Insane asylums in Bengal annual reports 1876-1887 - 1876-1887
Year: 1876
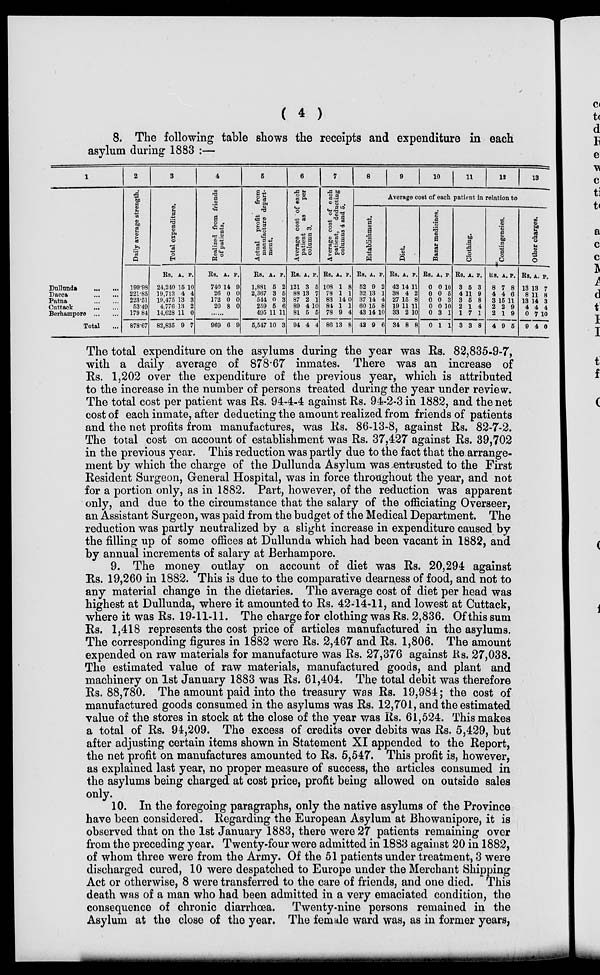
( 4 )
8. The following table shows the receipts and expenditure in each
asylum during 1883 :—
1
Dullunda
...
...
Dacca
...
...
Patna
...
...
Cuttack ... ...
Berhampore
...
...
Total ...
2
Daily average strength.
199.98
221.85
223.51
53.49
179.84
878.67
3
Total expenditure.
Rs.
24,240
19,713
19,475
4,776
14,628
82,835
A.
15
4
13
13
11
9
P.
10
4
3
2
0
7
4
Realized from friends
of
patients.
Rs.
740
26
172
20
A.
14
0
0
8
P.
9
0
0
0
......
969 6 9
5
Actual profit
from
manufacture depart-
ment.
Rs.
1,881
2,367
544
259
495
5,547
A.
5
3
0
5
11
10
P.
2
5
3
6
11
3
6
Average cost of each
patient
as
per
column 3.
Rs.
121
88
87
89
81
94
A.
3
13
2
4
5
4
P.
5
7
1
10
5
4
7
Average cost of each
patient,
deducting
columns 4 and 5.
Rs.
108
78
83
84
78
86
A.
1
1
14
1
9
13
P.
8
1
0
1
4
8
8
9
10
11
12
13
Average cost of each patient in relation to
Establishment.
Rs.
52
32
37
60
43
42
A.
9
13
14
15
14
9
P.
2
1
4
8
10
6
Diet.
Rs.
42
38
27
19
33
34
A.
14
4
15
11
2
8
P.
11
2
8
11
10
8
Bazar medicines.
Rs.
0
0
0
0
0
0
A.
0
0
0
0
3
1
P.
10
5
3
10
1
1
Clothing.
Rs.
3
4
3
2
1
3
A.
5
11
5
1
7
3
P.
3
9
8
4
1
8
Contingencies.
Rs.
8
4
3
2
2
4
A.
7
4
15
2
1
9
P.
8
6
11
9
9
5
Other charges.
Rs.
13
8
13
4
0
9
A.
13
11
14
4
7
4
P.
7
8
3
4
10
0
The total expenditure on the asylums during the year was Rs. 82,835-9-7,
with a daily average of 878.67 inmates. There was an increase of
Rs. 1,202 over the expenditure of the previous year, which is attributed
to the increase in the number of persons treated during the year under review.
The total cost per patient was Rs. 94-4-4 against Rs. 94-2-3 in 1882, and the net
cost of each inmate, after deducting the amount realized from friends of patients
and the net profits from manufactures, was Rs. 86-13-8, against Rs. 82-7-2.
The total cost on account of establishment was Rs. 37,427 against Rs. 39,702
in the previous year. This reduction was partly due to the fact that the arrange-
ment by which the charge of the Dullunda Asylum was entrusted to the First
Resident Surgeon, General Hospital, was in force throughout the year, and not
for a portion only, as in 1882. Part, however, of the reduction was apparent
only, and due to the circumstance that the salary of the officiating Overseer,
an Assistant Surgeon, was paid from the budget of the Medical Department. The
reduction was partly neutralized by a slight increase in expenditure caused by
the filling up of some offices at Dullunda which had been vacant in 1882, and
by annual increments of salary at Berhampore.
9. The money outlay on account of diet was Rs. 20,294 against
Rs. 19,260 in 1882. This is due to the comparative dearness of food, and not to
any material change in the dietaries. The average cost of diet per head was
highest at Dullunda, where it amounted to Rs. 42-14-11, and lowest at Cuttack,
where it was Rs. 19-11-11. The charge for clothing was Rs. 2,836. Of this sum
Rs. 1,418 represents the cost price of articles manufactured in the asylums.
The corresponding figures in 1882 were Rs. 2,467 and Rs. 1,806. The amount
expended on raw materials for manufacture was Rs. 27,376 against Rs. 27,038.
The estimated value of raw materials, manufactured goods, and plant and
machinery on 1st January 1883 was Rs. 61,404. The total debit was therefore
Rs. 88,780. The amount paid into the treasury was Rs. 19,984; the cost of
manufactured goods consumed in the asylums was Rs. 12,701, and the estimated
value of the stores in stock at the close of the year was Rs. 61,524. This makes
a total of Rs. 94,209. The excess of credits over debits was Rs. 5,429, but
after adjusting certain items shown in Statement XI appended to the Report,
the net profit on manufactures amounted to Rs. 5,547. This profit is, however,
as explained last year, no proper measure of success, the articles consumed in
the asylums being charged at cost price, profit being allowed on outside sales
only.
10. In the foregoing paragraphs, only the native asylums of the Province
have been considered. Regarding the European Asylum at Bhowanipore, it is
observed that on the 1st January 1883, there were 27 patients remaining over
from the preceding year. Twenty-four were admitted in 1883 against 20 in 1882,
of whom three were from the Army. Of the 51 patients under treatment, 3 were
discharged cured, 10 were despatched to Europe under the Merchant Shipping
Act or otherwise, 8 were transferred to the care of friends, and one died. This
death was of a man who had been admitted in a very emaciated condition, the
consequence of chronic diarrhoea. Twenty-nine persons remained in the
Asylum at the close of the year. The female ward was, as in former years,